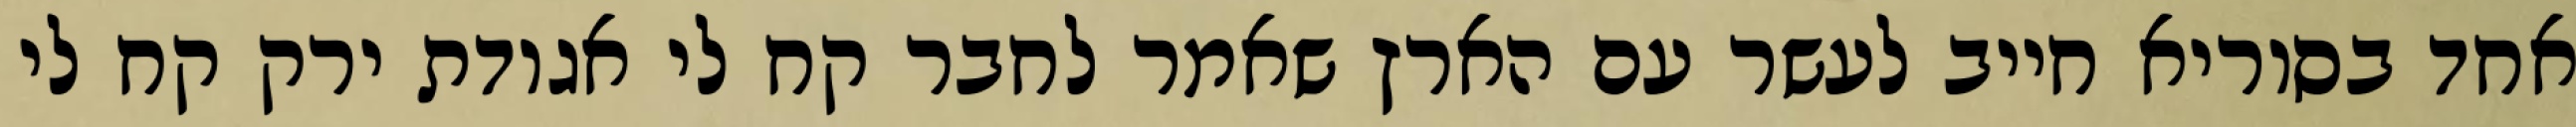
אחד בסוריא חייב לעשר עם הארץ שאמר לחבר קח לי אגודת ירק קח לי